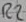
Text: R2